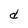
Character: d